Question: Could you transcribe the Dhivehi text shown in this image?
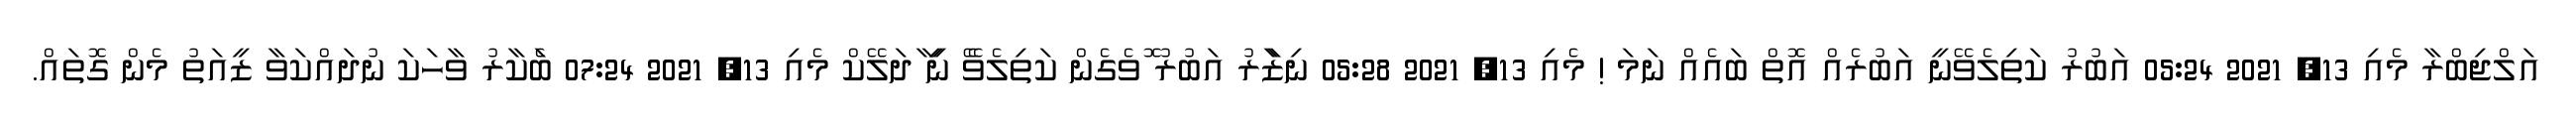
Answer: އަލްޖިބްރާ މެއި 13, 2021 05:24 އަބުރު ކަތިލެވޭނީ އަބުރެއް އޮތް ބައެއް ނަމަ ! މެއި 13, 2021 05:28 ނިޒަާރު އަބުރު ޮވެގެން ކަތިލެވެޭ ނިީ ާދަލޭކް މެއި 13, 2021 07:24 ބަެކާރު ވާހަކަ ނުދައްކަވާ ޒީއަތު މެން ގޮތައް.